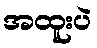
အထူးပဲ